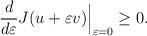
LaTeX: \begin{align*}\frac{d}{d\varepsilon}J(u+\varepsilon v)\Big|_{\varepsilon=0}\geq 0.\end{align*}